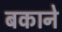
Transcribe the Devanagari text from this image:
बकाने